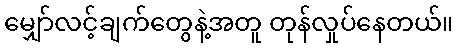
မျှော်လင့်ချက်တွေနဲ့အတူ တုန်လှုပ်နေတယ်။